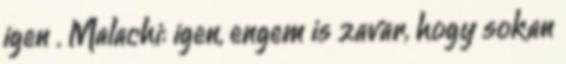
igen . Malachi: igen, engem is zavar, hogy sokan